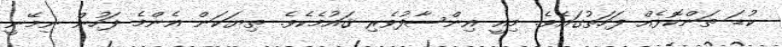
ކުޑަ ތަންކޮޅެއް ފަހަތުގައެވެ. މިއީ އިންސާފުވެރި ޤައުމެކެވެ. ތިޔަކަން އެންމެ ފަހުން ނިމޭނީ